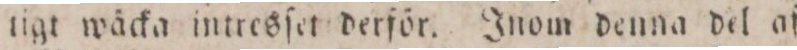
tigt wäcka intresſet derför. Inom denna del af